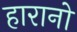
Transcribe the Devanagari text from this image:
हारानो